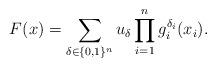
LaTeX: \begin{align*}F(x)=\sum_{\delta\in\{0,1\}^{n}}u_{\delta}\prod_{i=1}^{n}g_{i}^{\delta_{i}}(x_{i}).\end{align*}